Source: Handwritten
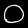
Digit: ၀ (0)